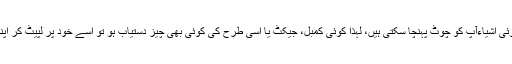
آپ کے اردگرد گرتی ہوئی اشیاءآپ کو چوٹ پہنچا سکتی ہیں، لہٰذا کوئی کمبل، جیکٹ یا اسی طرح کی کوئی بھی چیز دستیاب ہو تو اسے خود پر لپیٹ کر اپنے آپ کو محفوظ بنائیں۔